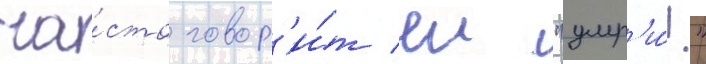
ча́сто говор'и́т еи "умр'и́!"